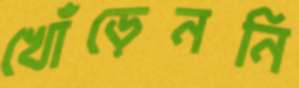
খোঁড়েননি